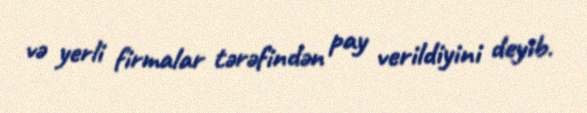
və yerli firmalar tərəfindən pay verildiyini deyib.